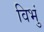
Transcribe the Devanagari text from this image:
विभुं